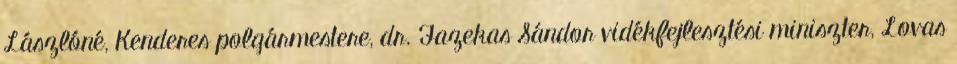
Lászlóné, Kenderes polgármestere, dr. Fazekas Sándor vidékfejlesztési miniszter, Lovas